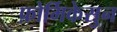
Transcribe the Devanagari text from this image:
फ़ोर्मिकेसुन